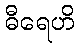
ဓီရေဟိ